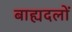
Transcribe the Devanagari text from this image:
बाह्यदलों